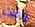
وقت